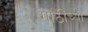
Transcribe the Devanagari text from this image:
गाठींच्या